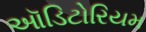
ઑડિટોરિયમ